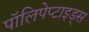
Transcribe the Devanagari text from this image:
पॉलिपेप्टाइड्स